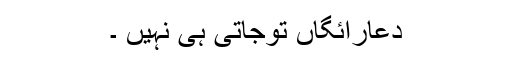
دُعارائِگاں تَوجاتی ہی نہیں ۔